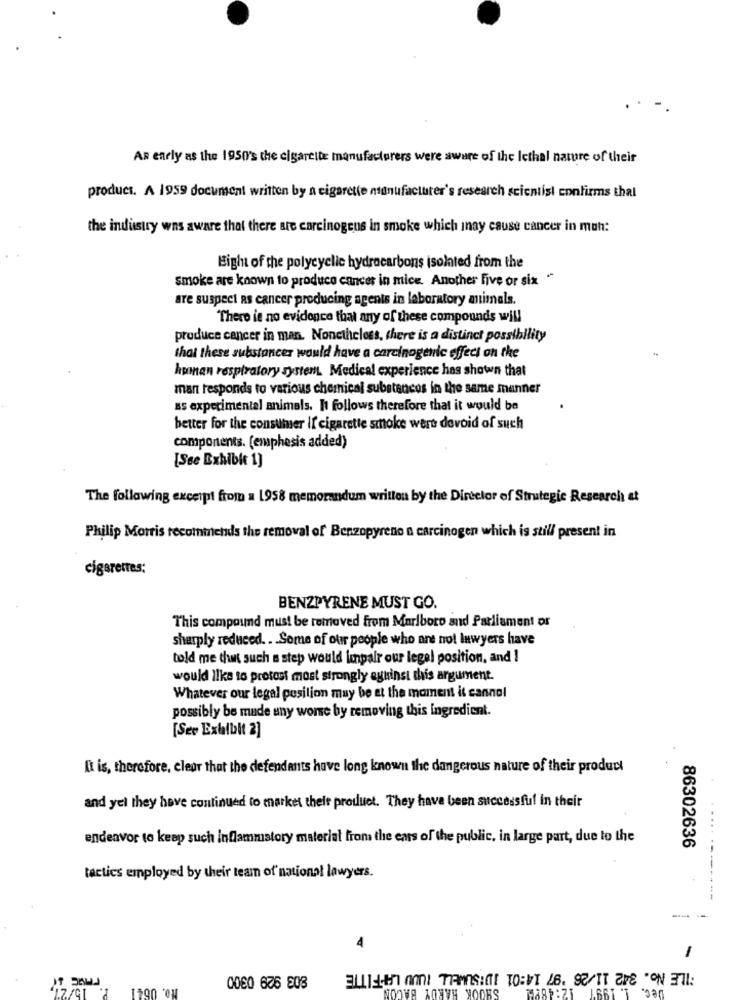
AR enely as the 1950's the cigarette manufacturers were aware of the Icthal nature of their
product. A 1959 document written by a cigarette nsanufactuter's research scientist confirms that
the industry wns aware that there are carcinogens in smoke which may cause cancer in muh:
Eight of the polycyclic hydrocarbons isolated from the
smoke are known to produce cancer in mice. Another five or six **
are suspect as cancer producing agents in laboratory animals.
There is no evidence that any of these compounds will
produce cancer in man. Nonetheless, there is a distinct possibility
that these substances would have a carcinogenic effect on the
honnan respiratory system. Medical experience has shown that
man responds to various chemical substances in the same manner
as experimental animals. It follows therefore that it would be
better for the consumer if cigarette smoke wert devoid of such
components. (emphesis added)
[Sce Exhibit 1)
The following excerpt from a 1958 memorandum written by the Director of Strategic Research &t
Philip Morris recommends the removal of Benzopyrene a carcinogen which is still present in
cigarettes:
BENZPYRENE MUST GO.
This compound must be removed from Marlboro and Parliament or
sharply reduced. . . Some of our people who are not lawyers have
told me that such a step would Impair our legel position, and I
would like to protest most strongly against this argument.
Whatever our legal position may be at the moment it cannel
possibly be made any worse by removing this ingredient.
[See Exhibit 2]
It is, therefore, clear that the defendants have long known the dangerous nature of their product
and yel they have continued to market their product. They have been successful in their
endeavor to keep such inflammatory material from the ears of the public, in large part, due to the
86302636
tactics employed by their team of national lawyers.
-
FILE No. 342 11/26 '97 14:01 IDISUMELL TUUU LAFITTE
No. 0641
SHOOK HARDY BACON
12:4892
Dec. 1. 1997
0060 676 808